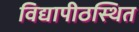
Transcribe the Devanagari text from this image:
विद्यापीठस्थित